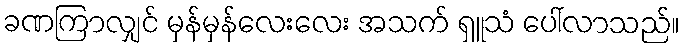
ခဏကြာလျှင် မှန်မှန်လေးလေး အသက် ရှူသံ ပေါ်လာသည်။